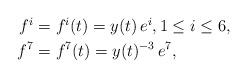
LaTeX: \begin{align*}\begin{aligned}f^i&=f^i(t)=y(t)\,e^i,1\leq i\leq 6, \\f^7&=f^{7}(t)=y(t)^{-3}\,e^7, \end{aligned}\end{align*}